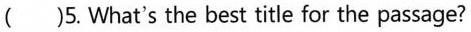
()5. What's the best title for the passage?